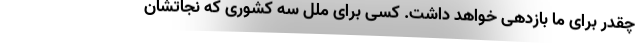
چقدر برای ما بازدهی خواهد داشت. کسی برای ملل سه کشوری که نجاتشان